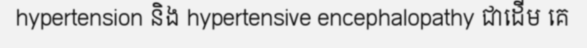
hypertension និង hypertensive encephalopathy ជាដើម គេ